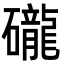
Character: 礲